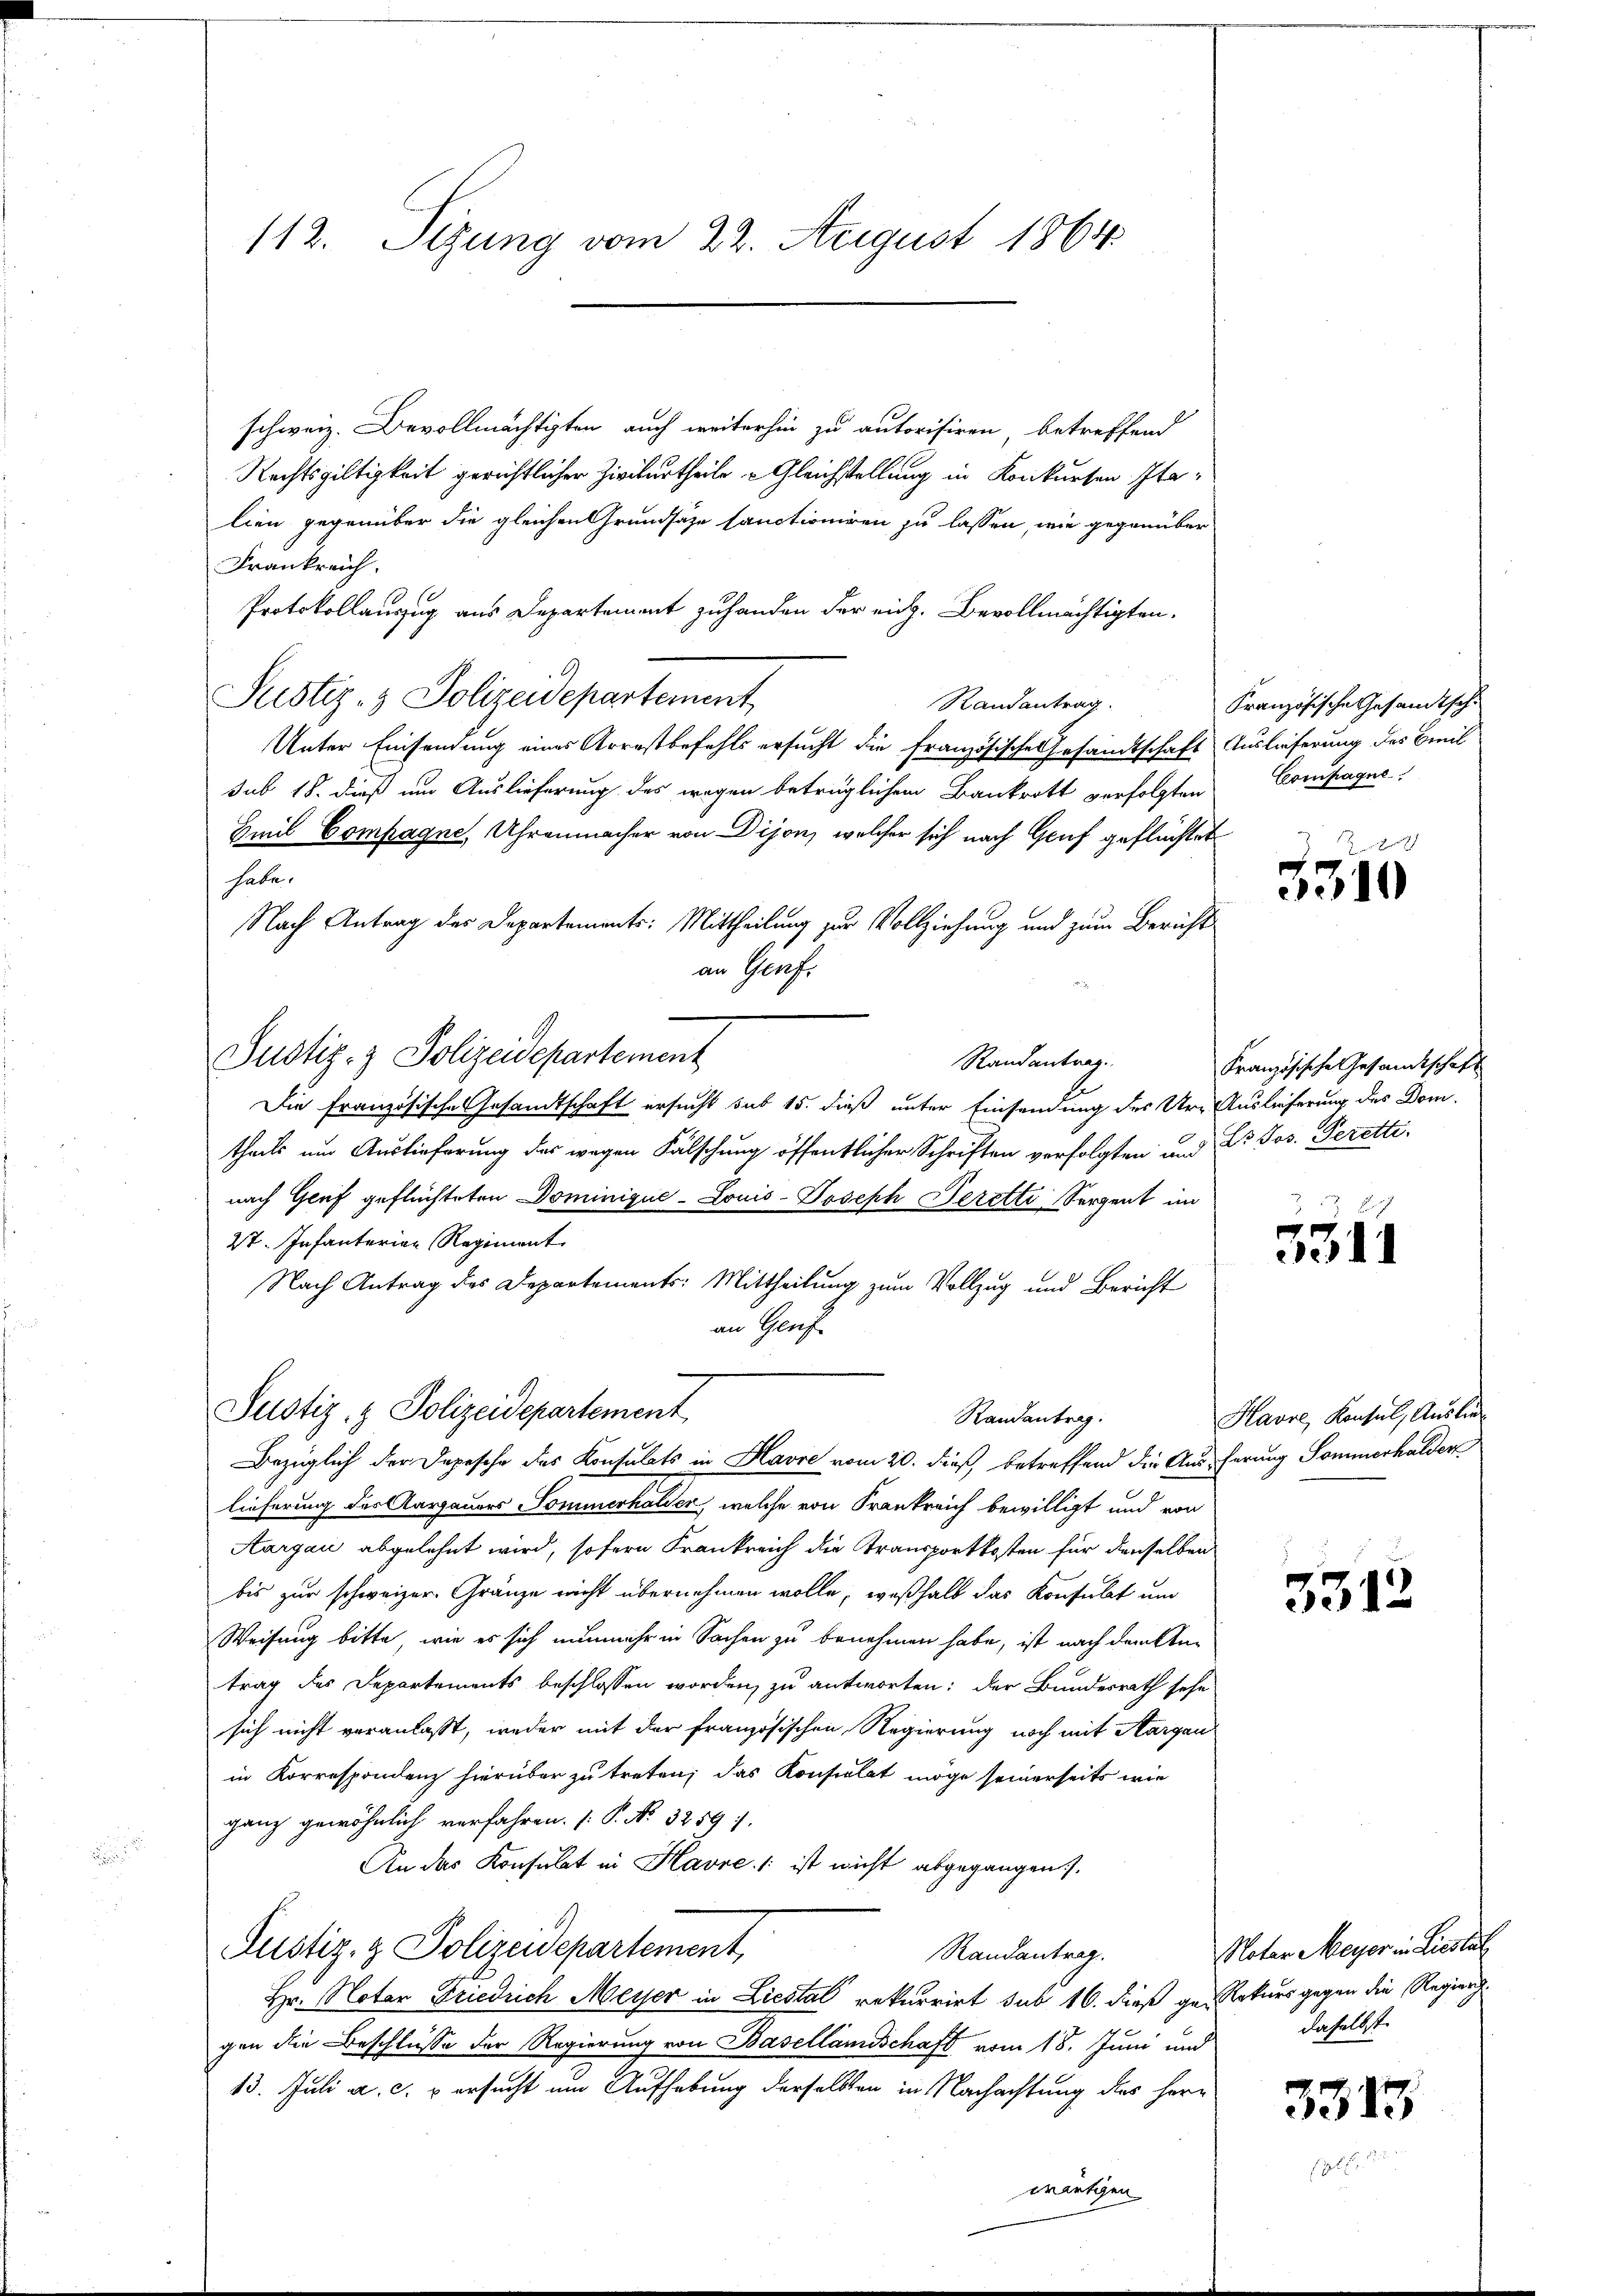
112. Sizung vom 22. August 1864

schweiz. Bevollmächtigten auch weiterhin zu autorisiren betreffend
Rechtsgültigkeit gerichtlicher Zivilurtheile Gleichstellung in Konkursen Italien gegenüber die gleichen Grundsätze sanctioniren zu lassen, wie gegenüber
Frankreich.
Protokollauszug aus Departement zu handen der eich. Bevollmächtigten.
Justiz- & Polizeidepartement
Randantrag.
Unter Einsendung eines Arrestbefehls ersucht die französische Gesandtschaft Auslieferung des Breil
sub 18. dieß um Auslieferung des wegen betrüglichem Bankrott verfolgten Compagne
Heel Compagne Uhrenmacher von Dijon, welcher sich nach Gruf geflüchtet
habe.
Nach Antrag des Departements: Mittheilung zur Vollziehung und zum Bericht
an Graf.
Justiz- & Polizeidepartement
Randantrag.
Die Französische Gesandtschaft ersucht sub 15. dieß unter Einsendung der Ure Auslieferung des Dom-
theils um Auslieferung des wegen Fälschung öffentlicher Schriften verfolgten und Dr Jos. Peretti
nach Genf geflüchteten Dominique-Louis-Joseph Serette Sergent im
27. Infanterien Regiment
Nach Antrag des Departements: Mittheilung zum Vollzug und Bericht
an Genf
Justiz- & Polizeidepartement
Randantrag.
Bezüglich der Depesche des Konsulats in Havre vom 20. dieß, betreffend die Ausferung Sommerhalden
lieferung des Aargauers Sommerhalder, welche von Frankreich bewilligt und von
Aargau abgelehnt wird, sofern Frankreich die Transportkosten für denselben
bis zur schweizer Gränze nicht übernehmen wolle, weßhalb das Konsulat und
Weisung bitte, wie es sich nunmehr in Sachen zu benehmen habe, ist nach dem Antrag des Departements beschlossen worden, zu antworten; der Bundesrath sehe
sich nicht veranlaßt, weder mit der französischen Regierung noch mit Aargau
in Korrespondenz hierüber zu treten; das Konsulat möge seinerseits wie
ganz gewöhnlich verfahren. (P. No. 32591.
i
An das Konsulat in Havre / ist nicht abgegangen.
Justiz- & Polizeidepartement,
Randantrag.
Hr. Notar Friedrich Meyer in Liestal rekurrirt sub 16. dieß ge- Rekurs gegen die Regier
gen die Beschlüsse der Regierung von Basellandschaft vom 18. Juni und
13. Juli a. c. versucht um Aufhebung derselben in Nachachtung des Herr
wärtigen

Französische Gesandtsche

3310

Französische Gesandtschaft

e
e

Havre, Konsul, Auslie¬

5312

Noter Meyer in Liestel
daselbst.

3313